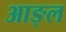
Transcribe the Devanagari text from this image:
आङ्ल